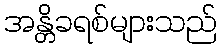
အန္တိခရစ်များသည်